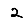
Digit: 2